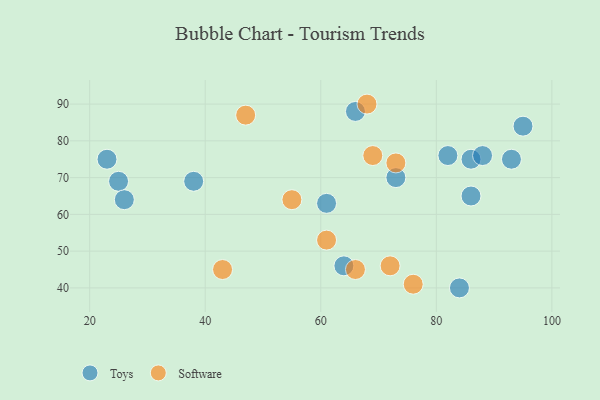
{"axis": {"x": "GDP", "y": "Life Expectancy"}, "legend": ["Software", "Toys"], "data": [{"x": "95", "y": 84, "type": "Toys"}, {"x": "93", "y": 75, "type": "Toys"}, {"x": "25", "y": 69, "type": "Toys"}, {"x": "23", "y": 75, "type": "Toys"}, {"x": "86", "y": 65, "type": "Toys"}, {"x": "26", "y": 64, "type": "Toys"}, {"x": "84", "y": 40, "type": "Toys"}, {"x": "82", "y": 76, "type": "Toys"}, {"x": "73", "y": 70, "type": "Toys"}, {"x": "86", "y": 75, "type": "Toys"}, {"x": "88", "y": 76, "type": "Toys"}, {"x": "38", "y": 69, "type": "Toys"}, {"x": "61", "y": 63, "type": "Toys"}, {"x": "66", "y": 88, "type": "Toys"}, {"x": "64", "y": 46, "type": "Toys"}, {"x": "55", "y": 64, "type": "Software"}, {"x": "47", "y": 87, "type": "Software"}, {"x": "69", "y": 76, "type": "Software"}, {"x": "61", "y": 53, "type": "Software"}, {"x": "66", "y": 45, "type": "Software"}, {"x": "68", "y": 90, "type": "Software"}, {"x": "43", "y": 45, "type": "Software"}, {"x": "72", "y": 46, "type": "Software"}, {"x": "76", "y": 41, "type": "Software"}, {"x": "73", "y": 74, "type": "Software"}]}